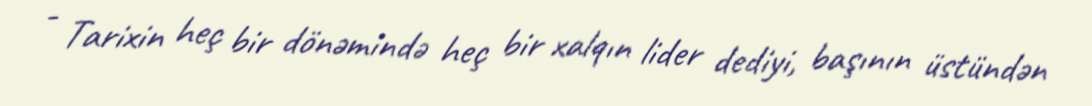
- Tarixin heç bir dönəmində heç bir xalqın lider dediyi, başının üstündən